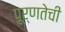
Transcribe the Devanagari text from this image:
पूर्णतेची